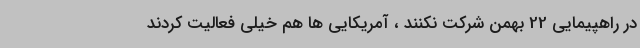
در راهپیمایی 22 بهمن شرکت نکنند ، آمریکایی ها هم خیلی فعالیت کردند